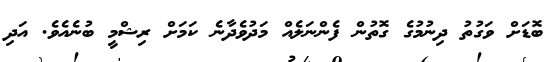
ބޮޑަށް ވަގުތު ދިނުމުގެ ގޮތުން ފެންނަލެއް މަދުވެދާނެ ކަމަށް ރިޝްމީ ބުނެއެވެ. އަދި